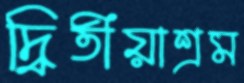
দ্বিতীয়াশ্রম